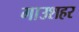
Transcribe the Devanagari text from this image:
गाउशहर